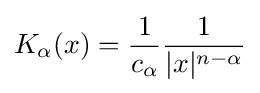
K_{\alpha }(x)={\frac {1}{c_{\alpha }}}{\frac {1}{|x|^{n-\alpha }}}